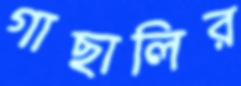
গাছালির